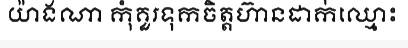
យ៉ាងណា កុំគួរទុកចិត្តហ៊ានដាក់ឈ្មោះ